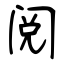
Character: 阅